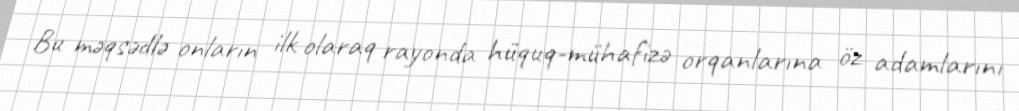
Bu məqsədlə onların ilk olaraq rayonda hüquq-mühafizə orqanlarına öz adamlarını